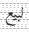
لبیع